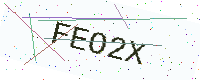
Text: FEO2X